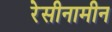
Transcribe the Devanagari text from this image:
रेसीनामीन